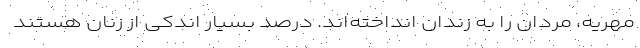
مهریه، مردان را به زندان انداخته‌اند. درصد بسیار اندکی از زنان هستند